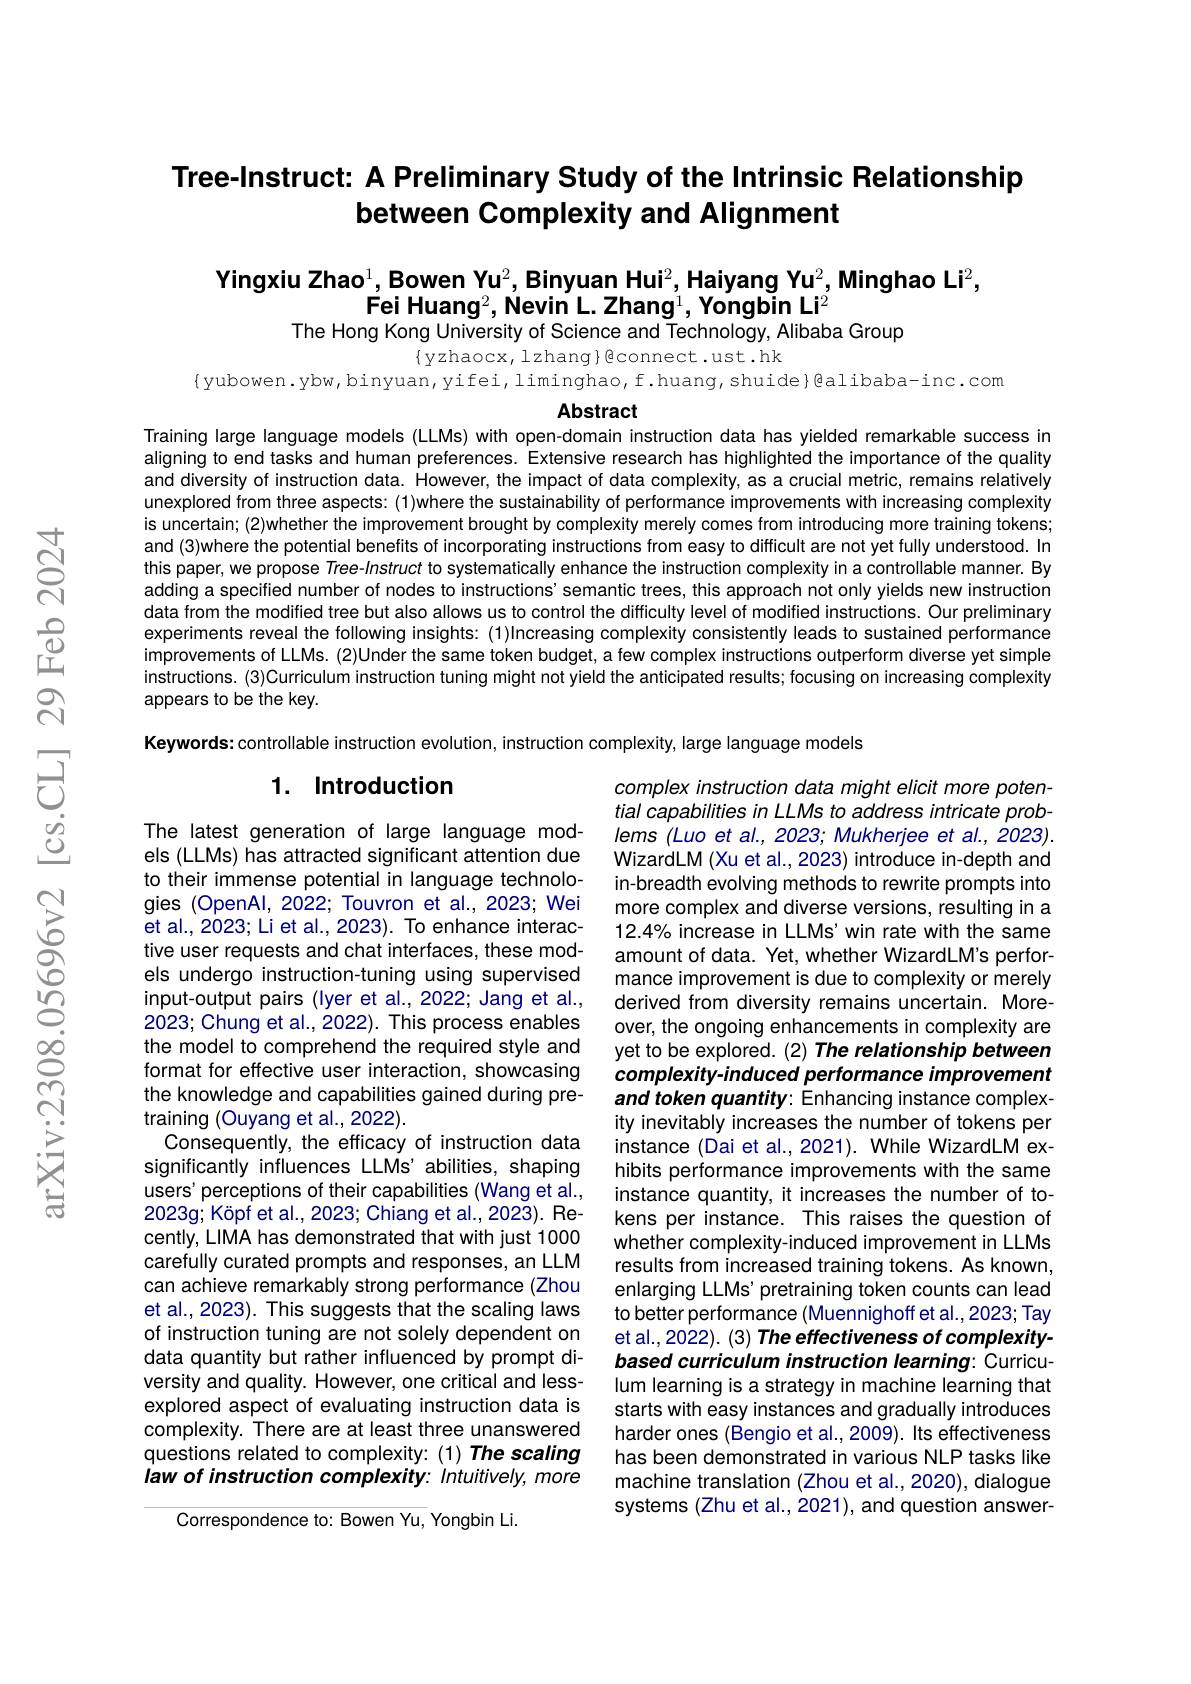
## Tree-Instruct: A Preliminary Study of the Intrinsic Relationship between Complexity and Alignment

Yingxiu Zhao$^1$,Bowen Yu$^2$,Binyuan Hui$^2$,Haiyang Yu$^2$,Minghao Li$^2$,
$Fei\text{ Huang}^2$, Nevin L. Zhang$^1,\textbf{Yongbin Li}^2$
The Hong Kong University of Science and Technology, Alibaba Group
$$\{$yzhaocx, lzhang}B$connect.ust.hk
{yubowen.ybw,binyuan,yifei,liminghao,f.huang,shuide}@alibaba-inc.com

Abstract

Training large language models (LLMs) with open-domain instruction data has yielded remarkable success in aligning to end tasks and human preferences. Extensive research has highlighted the importance of the quality and diversity of instruction data. However, the impact of data complexity, as a crucial metric, remains relatively unexplored from three aspects: (1)where the sustainability of performance improvements with increasing complexity is uncertain; (2)whether the improvement brought by complexity merely comes from introducing more training tokens; and (3)where the potential benefits of incorporating instructions from easy to difficult are not yet fully understood. In this paper, we propose Tree-Instruct to systematically enhance the instruction complexity in a controllable manner. By adding a specified number of nodes to instructions' semantic trees, this approach not only yields new instruction data from the modified tree but also allows us to control the difficulty level of modified instructions. Our preliminary experiments reveal the following insights: (1)Increasing complexity consistently leads to sustained performance improvements of LLMs. (2)Under the same token budget, a few complex instructions outperform diverse yet simple instructions. (3)Curriculum instruction tuning might not yield the anticipated results; focusing on increasing complexity appears to be the key.

Keywords: controllable instruction evolution, instruction complexity, large language models

## 1. Introduction

complex instruction data might elicit more potential capabilities in LLMs to address intricate problems (Luo et al., 2023; Mukherjee et al., 2023). WizardLM (Xu et al., 2023) introduce in-depth and in-breadth evolving methods to rewrite prompts into more complex and diverse versions, resulting in a $12.4\%$ increase in LLMs' win rate with the same amount of data. Yet, whether WizardLM's performance improvement is due to complexity or merely derived from diversity remains uncertain. Moreover, the ongoing enhancements in complexity are yet to be explored. (2) The relationship between complexity-induced performance improvement and token quantity: Enhancing instance complexity inevitably increases the number of tokens per instance (Dai et al., 2021). While WizardLM exhibits performance improvements with the same instance quantity, it increases the number of tokens per instance. This raises the question of whether complexity-induced improvement in LLMs results from increased training tokens. As known, enlarging LLMs' pretraining token counts can lead to better performance (Muennighoff et al.,2023; Tay et al., 2022). (3) The effectiveness of complexitybased curriculum instruction learning: Curriculum learning is a strategy in machine learning that starts with easy instances and gradually introduces harder ones (Bengio et al., 2009). Its effectiveness has been demonstrated in various NLP tasks like machine translation (Zhou et al., 2020), dialogue systems (Zhu et al., 2021), and question answer-

The latest generation of large language models (LLMs) has attracted significant attention due to their immense potential in language technologies (OpenAl, 2022; Touvron et al., 2023; Wei et al., 2023; Li et al., 2023). To enhance interactive user requests and chat interfaces, these models undergo instruction-tuning using supervised input-output pairs (lyer et al., 2022; Jang et al., 2023; Chung et al., 2022). This process enables the model to comprehend the required style and format for effective user interaction, showcasing the knowledge and capabilities gained during pretraining (Ouyang et al., 2022).
Consequently, the efficacy of instruction data significantly influences LLMs' abilities, shaping users' perceptions of their capabilities (Wang et al., 2023g; Köpf et al., 2023; Chiang et al., 2023). Recently, LIMA has demonstrated that with just 1000 carefully curated prompts and responses, an LLM can achieve remarkably strong performance (Zhou et al., 2023). This suggests that the scaling laws of instruction tuning are not solely dependent on data quantity but rather influenced by prompt diversity and quality. However, one critical and lessexplored aspect of evaluating instruction data is complexity. There are at least three unanswered questions related to complexity: (1) The scaling law of instruction complexity: Intuitively, more

Correspondence to: Bowen Yu, Yongbin Li.